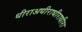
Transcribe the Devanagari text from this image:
धीराअधीराधीराधीरा